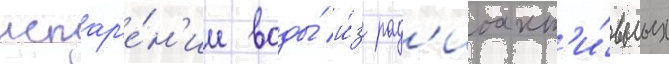
испар'е́н'ии воды́ и́з рад'иоакт'и́вных